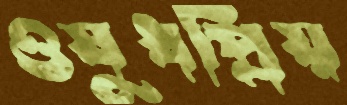
ওষুধপ্রিয়